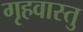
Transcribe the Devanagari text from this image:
गृहवास्तु